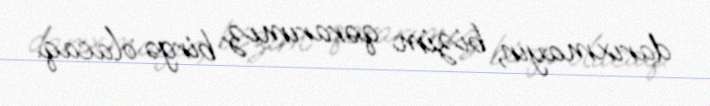
darıxmayın, bizim qərarımız birgə olacaq.